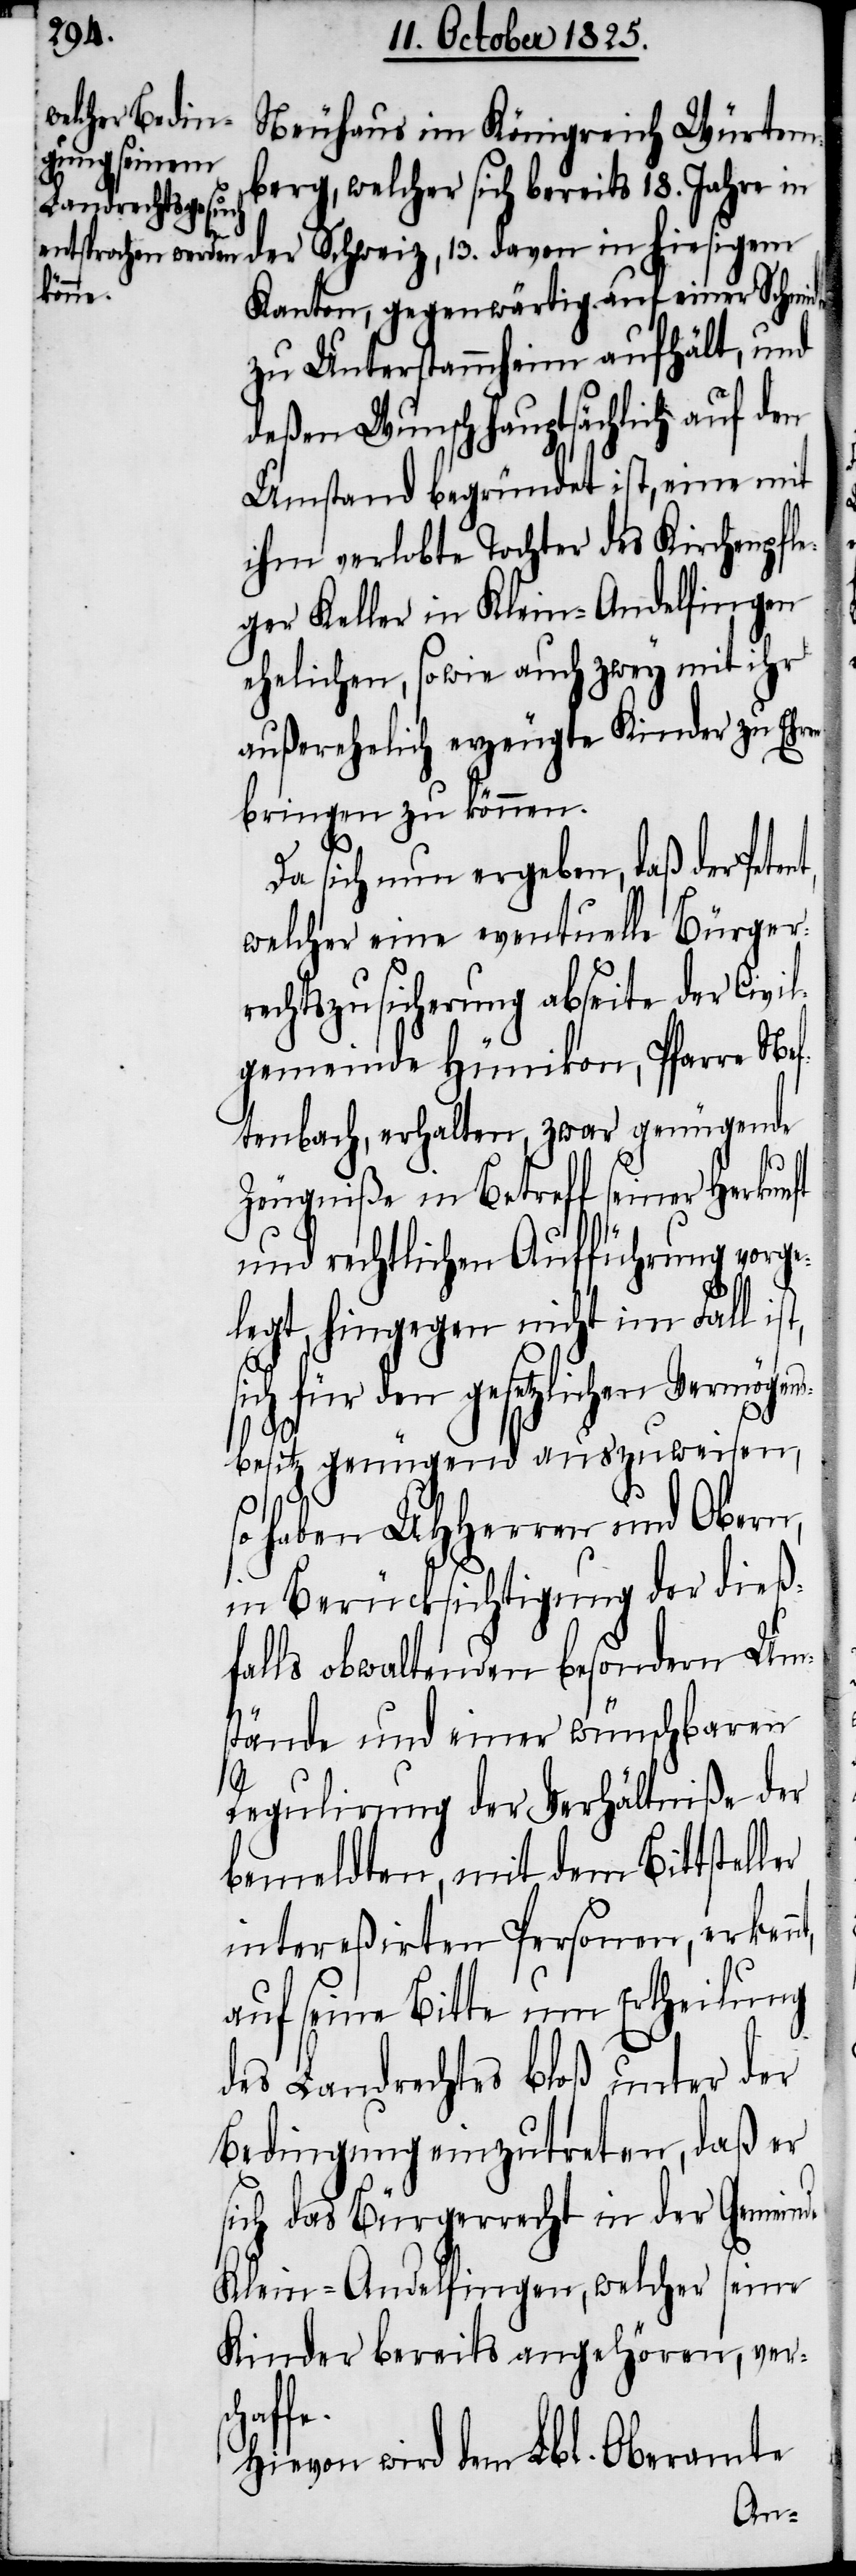
Neuhaus im Königreich Würtem¬
berg, welcher sich bereits 18. Jahre in
der Schweiz, 13. davon in hiesigem
Kanton, gegenwärtig auf einer Schmide
zu Unterstammheim aufhält, und
deßen Wunsch hauptsächlich auf den
Umstand begründet ist, eine mit
ihm verlobte Tochter des Kirchenpfle¬
ger Keller in Klein-Andelfingen
ehelichen, sowie auch zwey mit ihr
außerehelich erzeugte Kinder zu Ehren
bringen zu können.
Da sich nun ergeben, daß der Pete¬
welcher eine eventuelle Bürger¬
rechtszusicherung abseite der Civil¬
gemeinde Hünikon, Pfarre Ne¬
ftenbach, erhalten, zwar genügende
Zeugniße in Betreff seiner Herkunft
und rechtlichen Aufführung vorge¬
legt, hingegen nicht im Fall
sich für den gesetzlichen Vermögen¬
sbesitz genügend auszuweisen,
fe.
so haben UHHerren und Obern,
in Berücksichtigung der dießf¬
alls obwaltenden besondern Ums¬
tände und einer wünschbaren
Regulirung der Verhältniße der
bemeldten, mit dem Bittsteller
intereßirten Personen, erken¬
auf seine Bitte um Ertheilung
des Landrechtes bloß unter der
Bedingung einzutreten, daß er
sich das Bürgerrecht in der Gemeinde
Klein-Andelfingen, welcher seine
Kinder bereits angehören, ver¬
schaf¬
Hievon wird dem Lbl. Oberamte